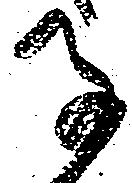
子